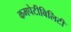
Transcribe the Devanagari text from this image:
कमपेटीबिलिटी